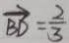
\overrightarrow { B D } = \frac { 2 } { 3 }